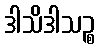
ဒါသိဒါသဉ္စ